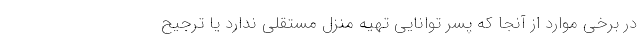
در برخی موارد از آنجا که پسر توانایی تهیه منزل مستقلی ندارد یا ترجیح